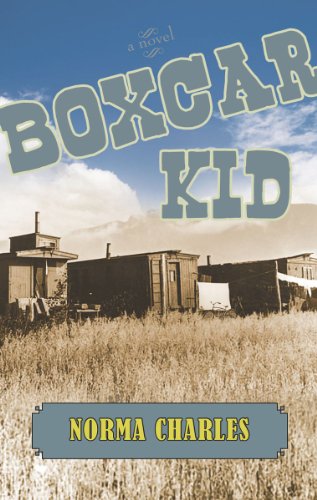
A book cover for Boxcar Kid; Norma Charles; Teen & Young Adult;